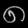
Digit: ၈